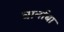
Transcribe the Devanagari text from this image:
बार्नाबा